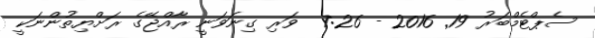
ސެޕްޓެމްބަރު 19